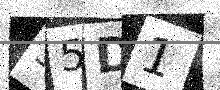
Text: 55D1